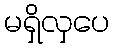
မရှိလှပေ